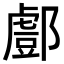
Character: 𨞘